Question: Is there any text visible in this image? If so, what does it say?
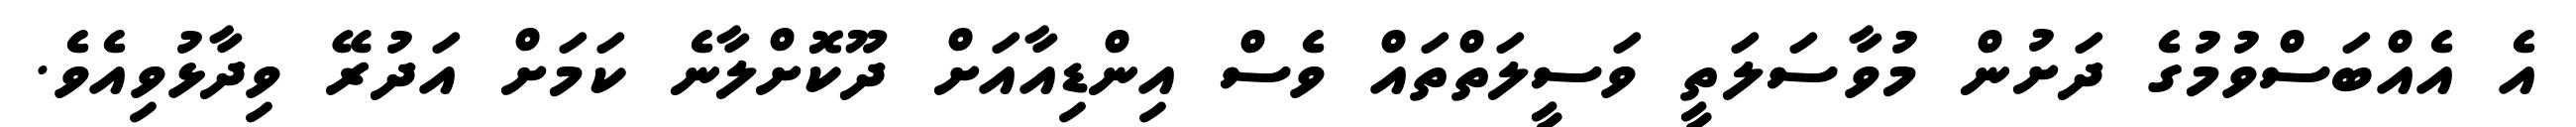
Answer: އެ އެއްބަސްވުމުގެ ދަށުން މުވާސަލަތީ ވަސީލަތްތައް ވެސް އިންޑިއާއަށް ދޫކޮށްލާނެ ކަމަށް އަދުރޭ ވިދާޅުވިއެވެ.